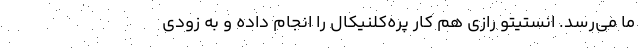
ما می‌رسد. انستیتو رازی هم کار پره‌کلنیکال را انجام داده و به زودی